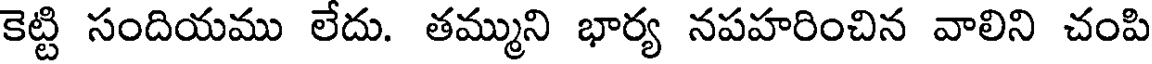
కెట్టి సందియము లేదు. తమ్ముని భార్య నపహరించిన వాలిని చంపి